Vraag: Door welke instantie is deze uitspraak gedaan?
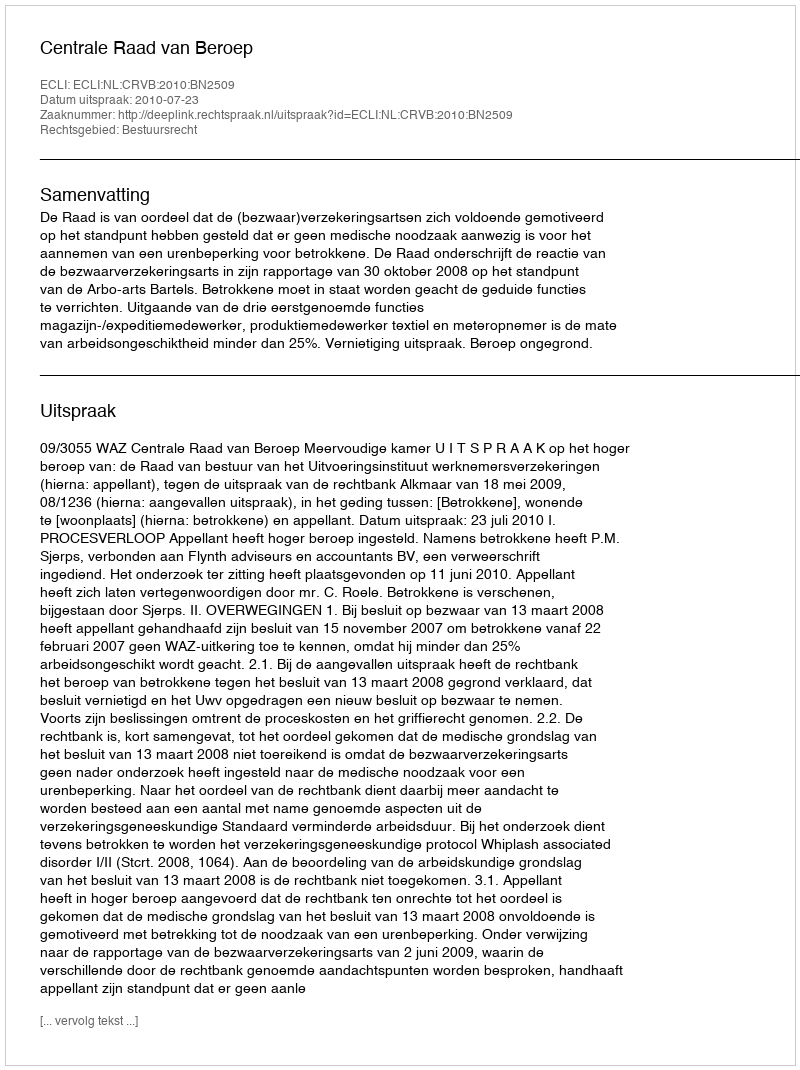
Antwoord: Centrale Raad van Beroep